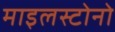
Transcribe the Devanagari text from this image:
माइलस्टोनो